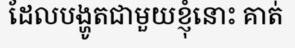
ដែលបង្ហូតជាមួយខ្ញុំនោះ គាត់